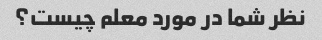
نظر شما در مورد معلم چیست؟